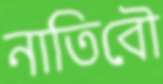
নাতিবৌ